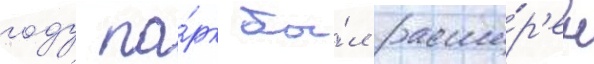
году па́рк бы́л расши́р'ен